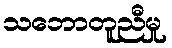
သဘောတူညီမှု